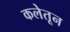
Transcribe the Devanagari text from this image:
कलेतून